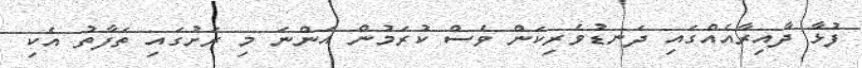
ފުޅާ ދާއިރާއެއްގައި ދަނޑުވެރިކަން ވެސް ކުރަމުން އަންނަ މި ރަށުގައި ތަފާތު އެކި